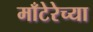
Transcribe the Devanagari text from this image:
माँटेरेच्या